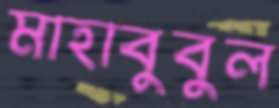
মাহাবুবুল